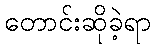
တောင်းဆိုခဲ့ရာ